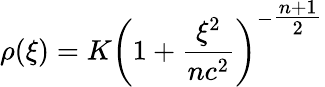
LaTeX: \rho(\xi)=K\left(1+\frac{\xi^{2}}{nc^{2}}\right)^{-\textstyle\frac{n+1}{2}}